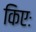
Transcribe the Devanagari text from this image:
किएः